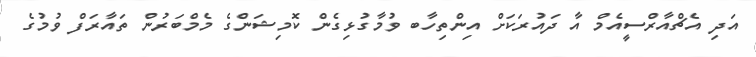
އަދި އެޗްއާރްސީއެމް އާ ދައުރަކަށް އިންތިހާބ ވުމާގުޅިގެން ކޮމިޝަންގެ މެމްބަރުން ތައާރަފް ވުމުގެ